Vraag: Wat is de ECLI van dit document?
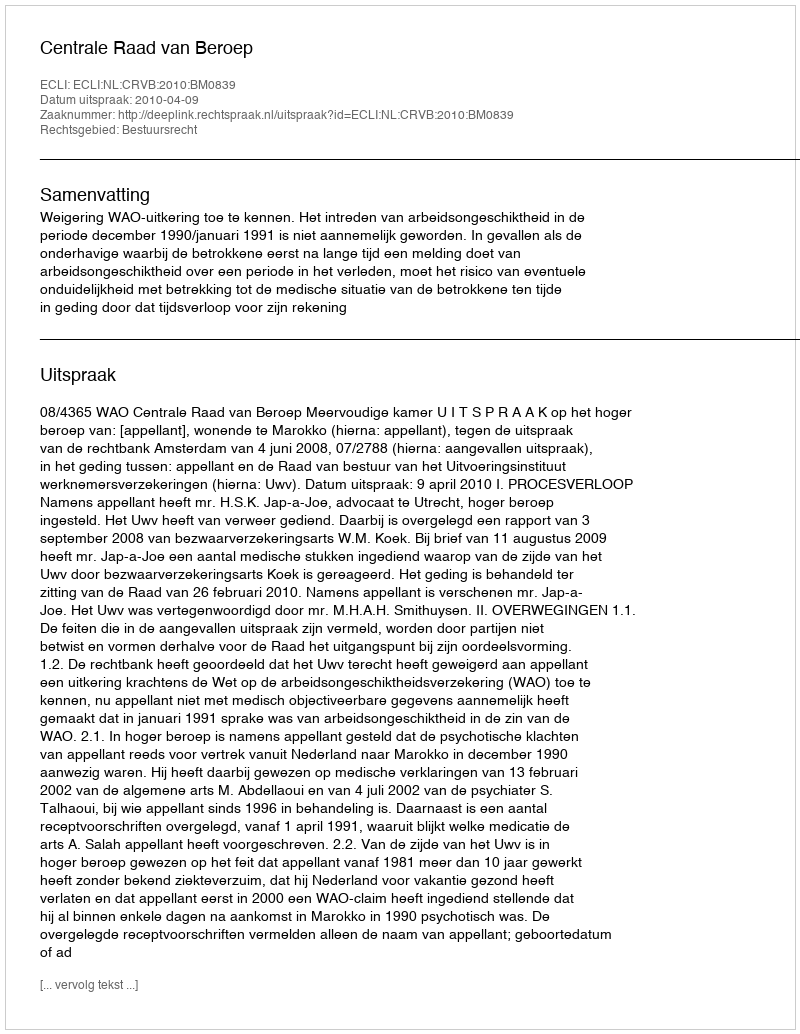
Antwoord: ECLI:NL:CRVB:2010:BM0839